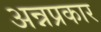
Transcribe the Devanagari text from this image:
अन्नप्रकार